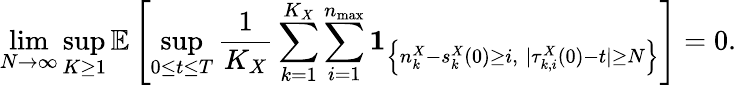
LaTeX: \operatorname*{lim}_{N\to\infty}\operatorname*{sup}_{K\geq 1}\mathbb{E}\left[\operatorname*{sup}_{0\leq t\leq T}\frac{1}{K_{X}}\sum_{k=1}^{K_{X}}\sum_{i=1}^{n_{\operatorname*{max}}}\mathbf{1}_{\left\{ n_{k}^{X}-s_{k}^{X}(0)\geq i,\; |\tau_{k,i}^{X}(0)-t|\geq N\right\} }\right]=0.